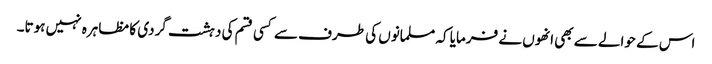
اس کے حوالے سے بھی انھوں نے فرمایا کہ مسلمانوں کی طرف سے کسی قسم کی دہشت گردی کا مظاہرہ نہیں ہوتا۔